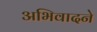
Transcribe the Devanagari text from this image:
अभिवादने